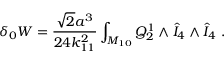
\delta _ { 0 } W = { \frac { \sqrt 2 a ^ { 3 } } { 2 4 k _ { 1 1 } ^ { 2 } } } \int _ { M _ { 1 0 } } Q _ { 2 } ^ { 1 } \wedge { \hat { I } } _ { 4 } \wedge { \hat { I } } _ { 4 } \ .